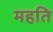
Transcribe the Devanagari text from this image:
महति